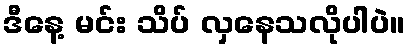
ဒီနေ့ မင်း သိပ် လှနေသလိုပါပဲ။